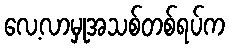
လေ့လာမှုအသစ်တစ်ရပ်က